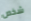
شخص